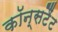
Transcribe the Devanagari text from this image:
कॉन्सटैंट